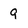
Character: g